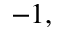
- 1 ,